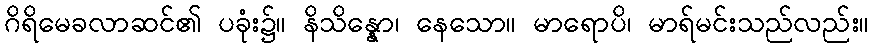
ဂိရိမေခလာဆင်၏ ပခုံး၌။ နိသိန္နော၊ နေသော။ မာရောပိ၊ မာရ်မင်းသည်လည်း။